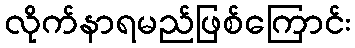
လိုက်နာရမည်ဖြစ်ကြောင်း